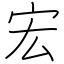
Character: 宏